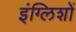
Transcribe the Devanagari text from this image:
इंग्लिशों